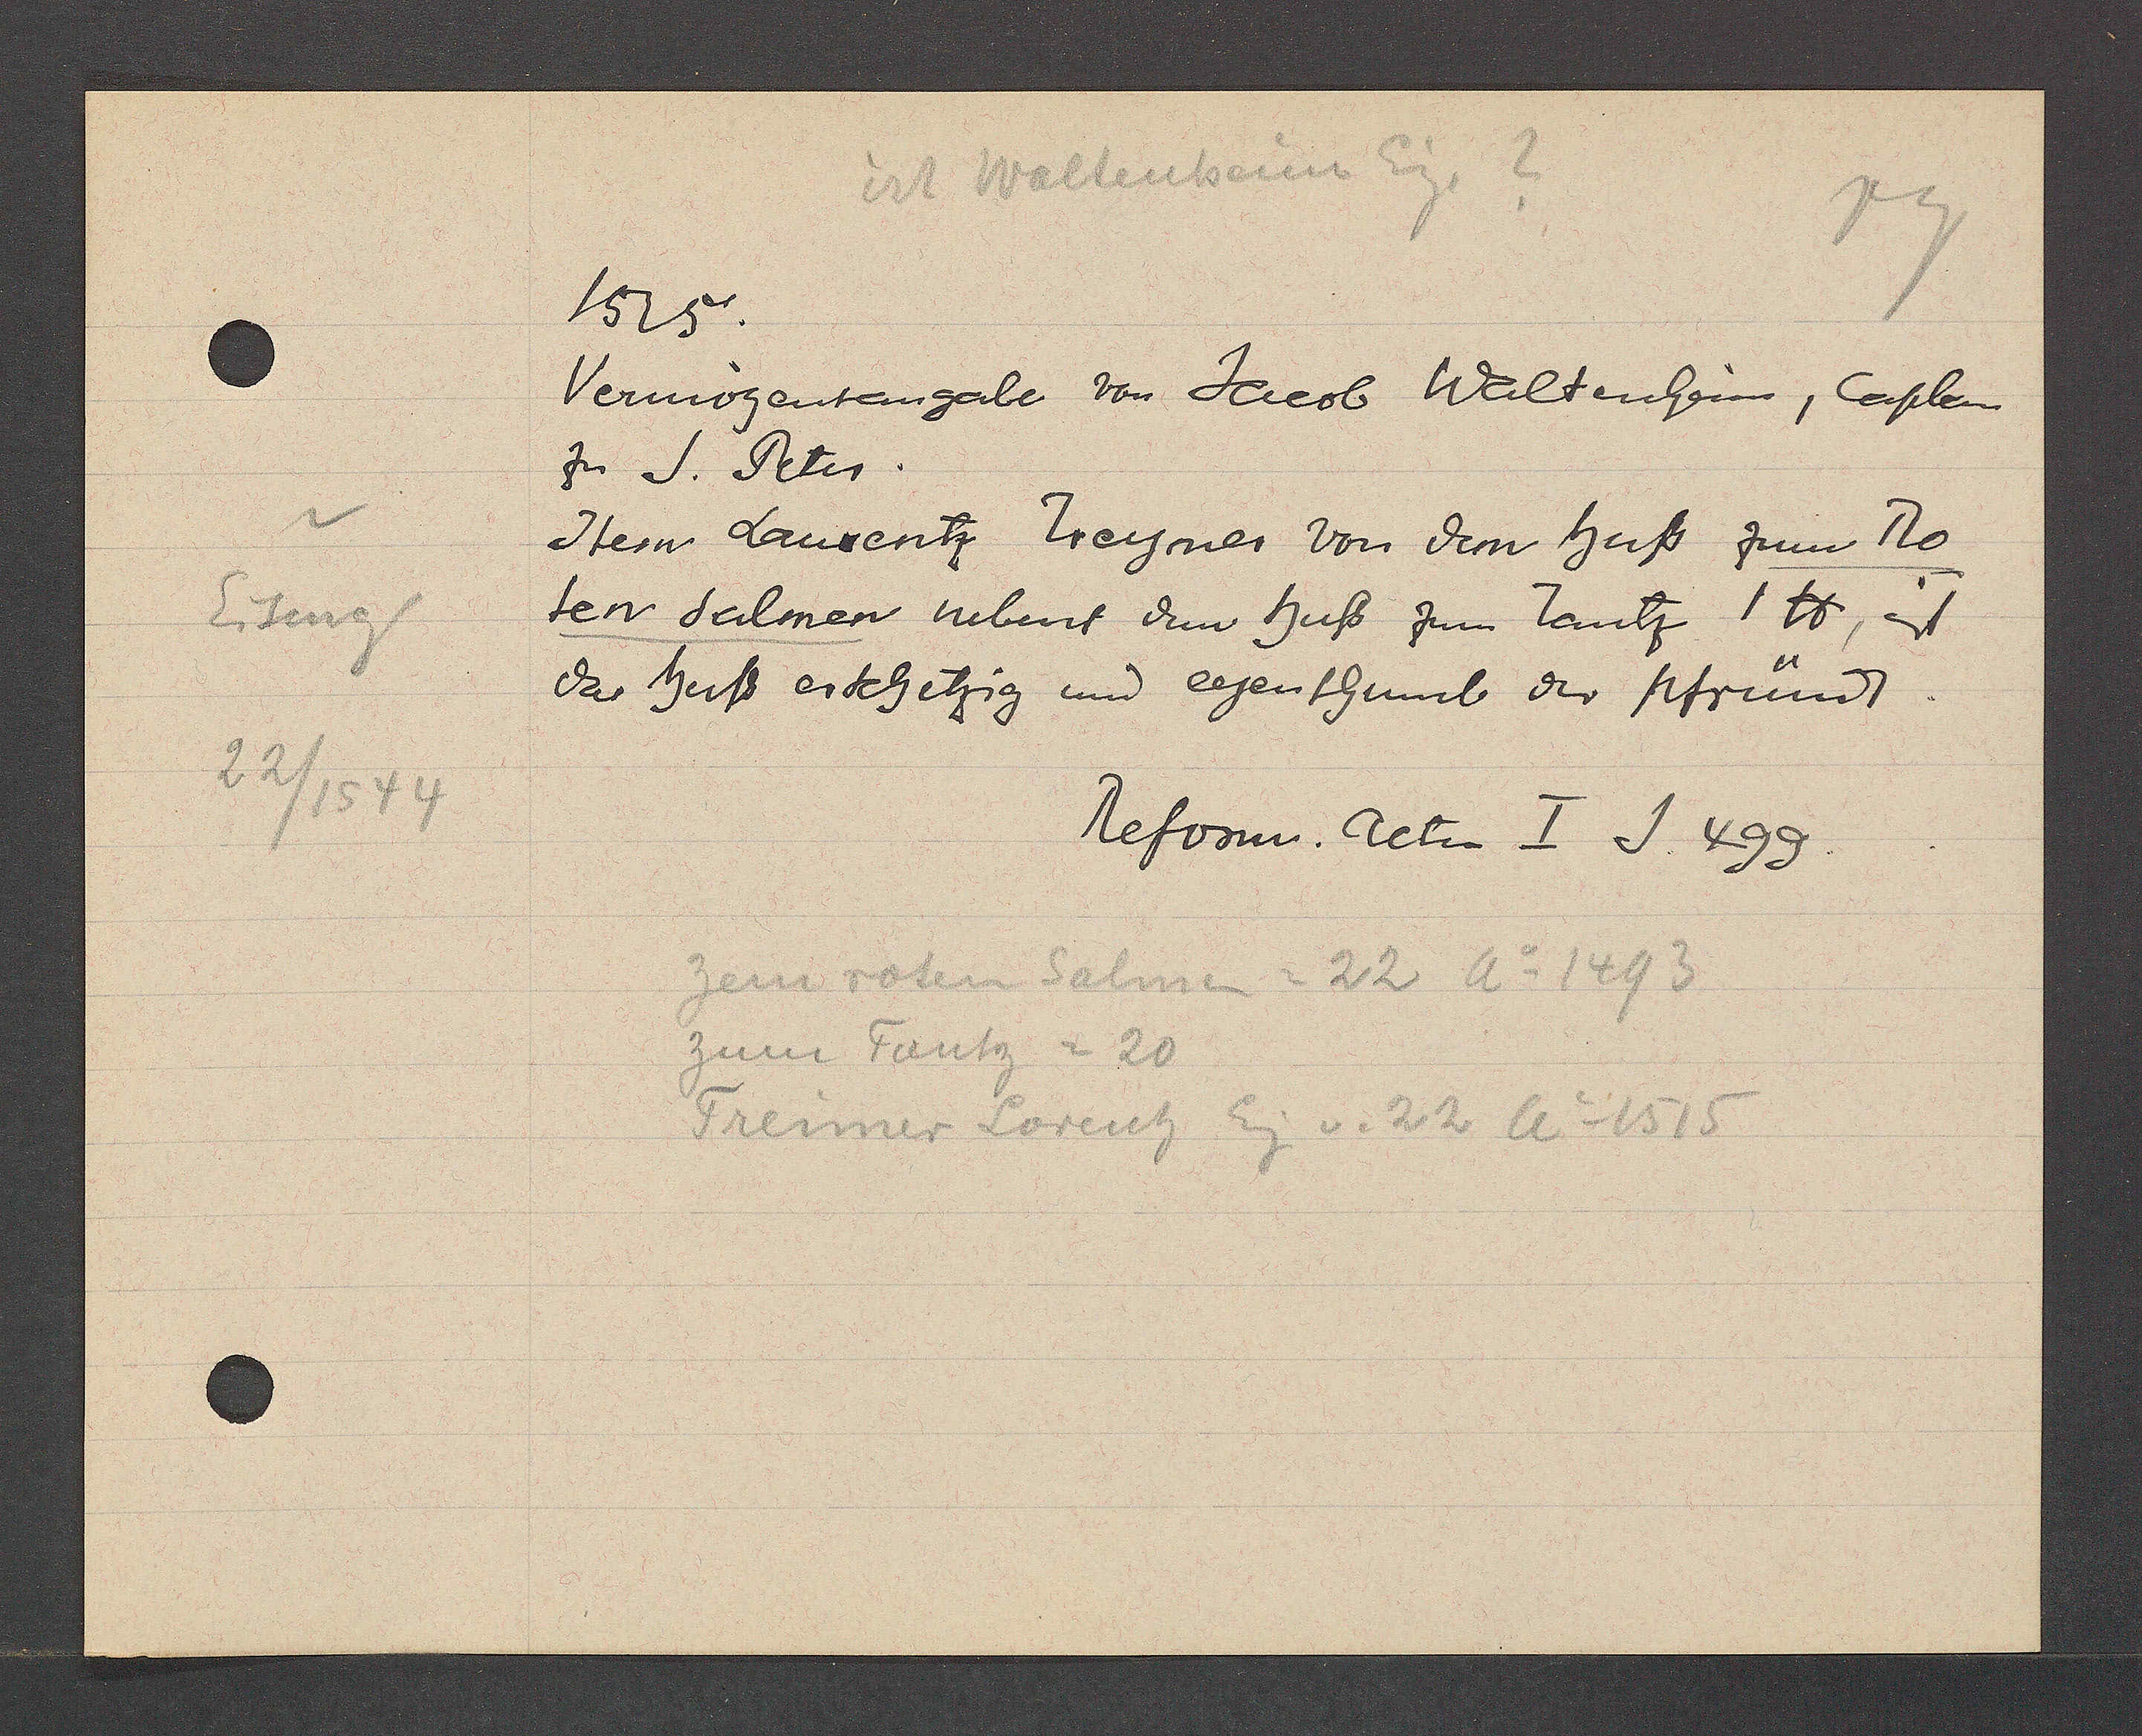
Transcript:
Eiseng
22/1544

ist Waltenheim Eig. ?
1515
Vermögensangabe von Jacob Waltenheim, Caplam
zu S. Peter.
Item Laurentz Treymer von dem huß zum Ro
ten Salmen nebent dem huß zum Tantz 1℔, ist
das huß erschetzig und egenthumb der pfrümdt
Reform. acten I J. 499.
zem roten Salmen =22 Ao 1493
zum Tantz = 20
Treimer Lorentz Eg. v. 22 Ao 1515